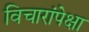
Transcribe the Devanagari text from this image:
विचारांपेक्षा